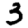
Digit: 3